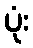
ပုံး